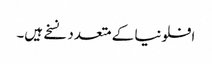
افلونیا کے متعدد نسخے ہیں۔